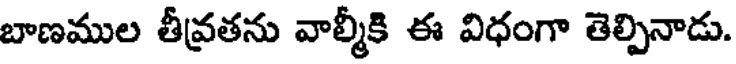
బాణముల తీవ్రతను వాల్మీకి ఈ విధంగా తెల్పినాడు.